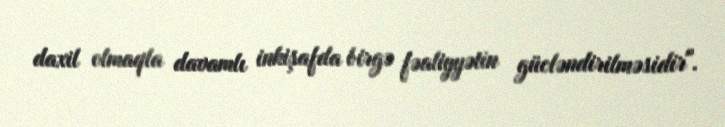
daxil olmaqla davamlı inkişafda birgə fəaliyyətin gücləndirilməsidir".